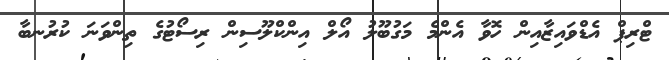
ޓްރިޕް އެޑްވައިޒާއިން ހޮވާ އެންމެ މަގުބޫލު އޯލް އިންކްލޫސިން ރިސޯޓުގެ ތިންވަނަ ކުރުނބާ